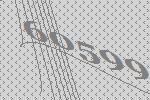
60599